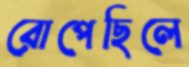
রোপেছিলে